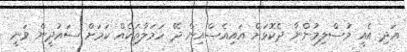
އަދި އެއީ މުސްލިމުންނާ ދެކޮޅަށް އައިއެސްއިން ދޭ ހަމަލާތަކެއް ކަމަށް ސައުދީން ވަނީ